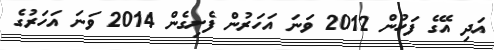
އަދި އޭގެ ފަހުން 2012 ވަނަ އަހަރުން ފެށިގެން 2014 ވަނަ އަހަރުގެ